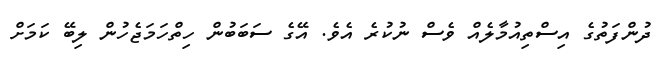
ދުންފަތުގެ އިސްތިއުމާލެއް ވެސް ނުކުރެ އެވެ. އޭގެ ސަބަބުން ހިތްހަމަޖެހުން ލިބޭ ކަމަށް